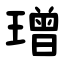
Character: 璔